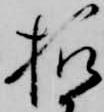
様